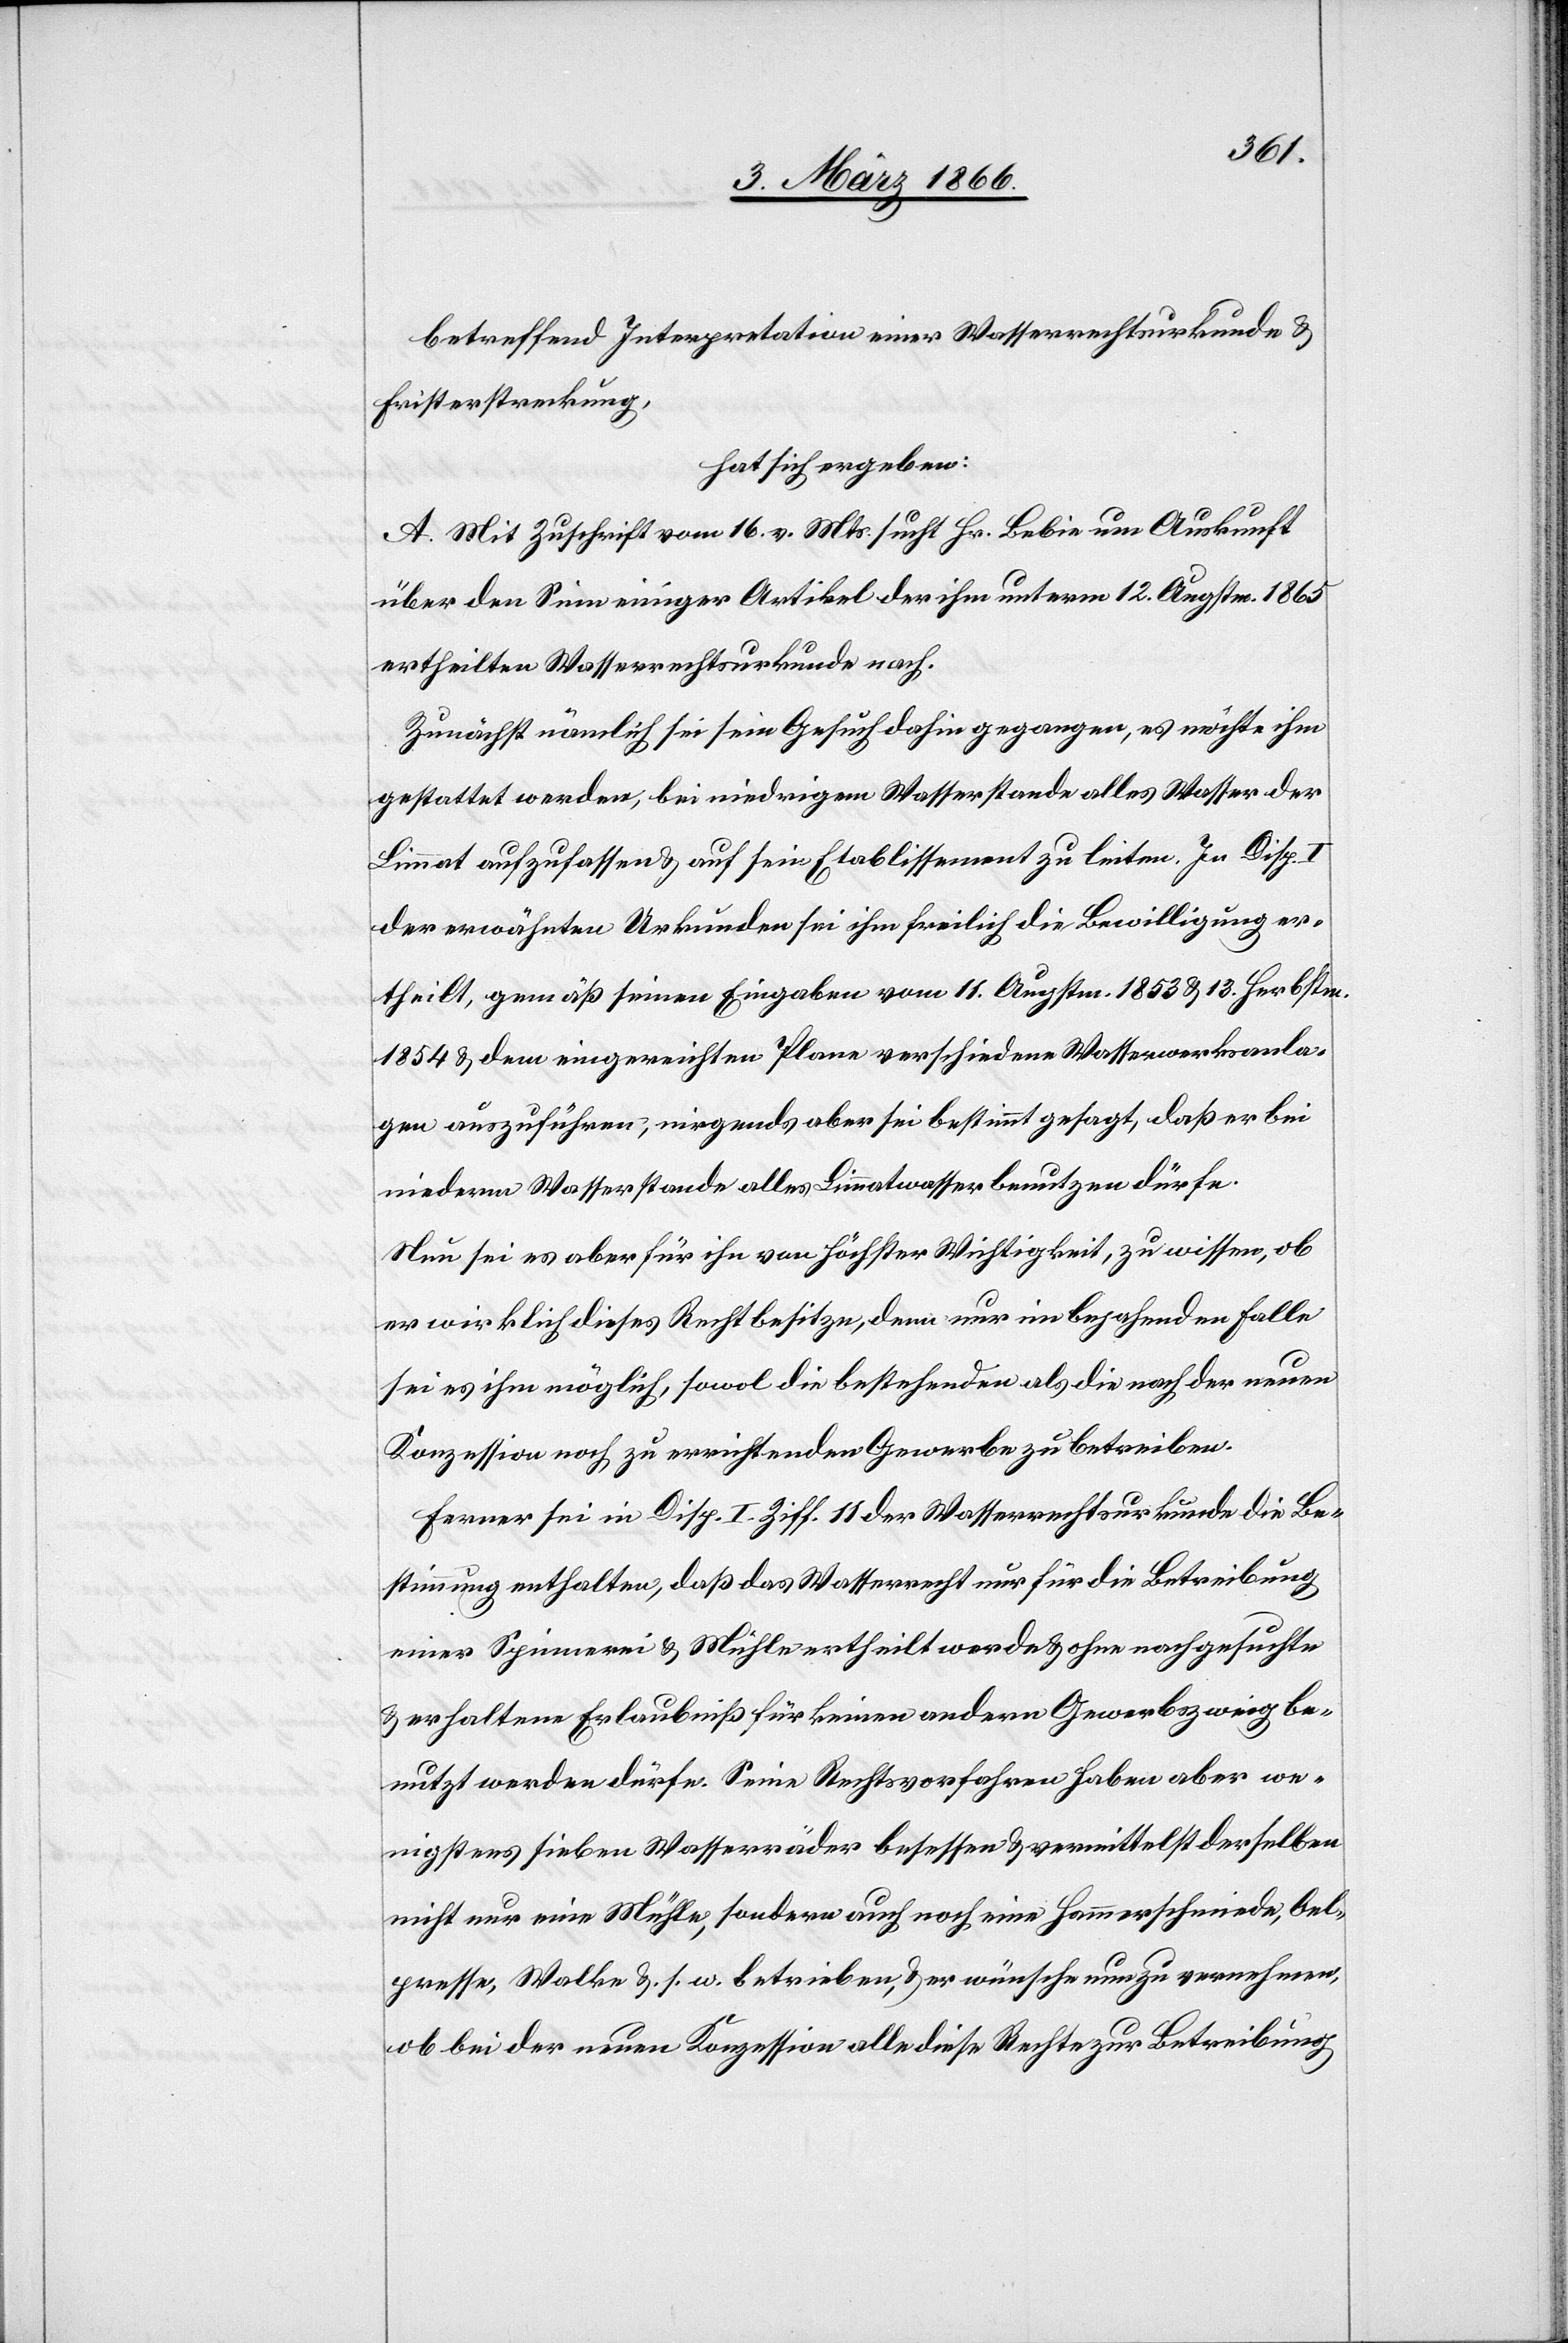
betreffend Interpretation einer Wasserrechtsurkunde u.
Fristerstreckung,
hat sich ergeben:
A. Mit Zuschrift vom 16. v. Mts. sucht Hr. Bebin um Auskunft
über den Sinn einiger Artikel der ihm unterm 12. Augustm. 1865
ertheilten Wasserrechtsurkunde nach.
Zunächst nämlich sei sein Gesuch dahin gegangen, es möchte ihm
gestattet werden, bei niedrigem Wasserstande alles Wasser der
Limmat aufzufassen u. auf sein Etablissement zu leiten. In Disp. I
der erwähnten Urkunde sei ihm freilich die Bewilligung er¬
theilt, gemäß seinen Eingaben vom 11. Augustm. 1853 u. 13. Herbstm.
1854 u. dem eingereichten Plane verschiedene Wasserwerksanla¬
gen auszuführen; nirgends aber sei bestimmt gesagt, daß er bei
niederm Wasserstande alles Limmatwasser benutzen dürfe.
Nun sei es aber für ihn von höchster Wichtigkeit, zu wissen, ob
er wirklich dieses Recht besitze, denn nur im bejahenden Falle
sei es ihm möglich, sowol die bestehenden als die nach der neuen
Konzession noch zu errichtenden Gewerbe zu betreiben.
Ferner sei in Disp. I. Ziff. 11 der Wasserrechtsurkunde die Be¬
stimmung enthalten, daß das Wasserrecht nur für die Betreibung
einer Spinnerei- u. Mühle ertheilt werde u. ohne nachgesuchte
u. erhaltene Erlaubniß für keinen andern Gewerbszweig be¬
nutzt werden dürfe. Seine Rechtsvorfahren haben aber we¬
nigstens sieben Wasserräder besessen u. vermittelst derselben
nicht nur eine Mühle, sondern auch noch eine Hammerschmiede, Oel¬
presse, Walke u. s. w. betrieben, u. er wünsche nun zu vernehmen
ob bei der neuen Konzession alle diese Rechte zur Betreibung